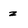
Character: z